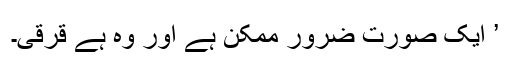
’ ایک صورت ضرور ممکن ہے اور وہ ہے قرقی۔